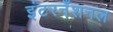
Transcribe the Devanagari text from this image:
इंटरनँशनल